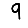
Digit: 9